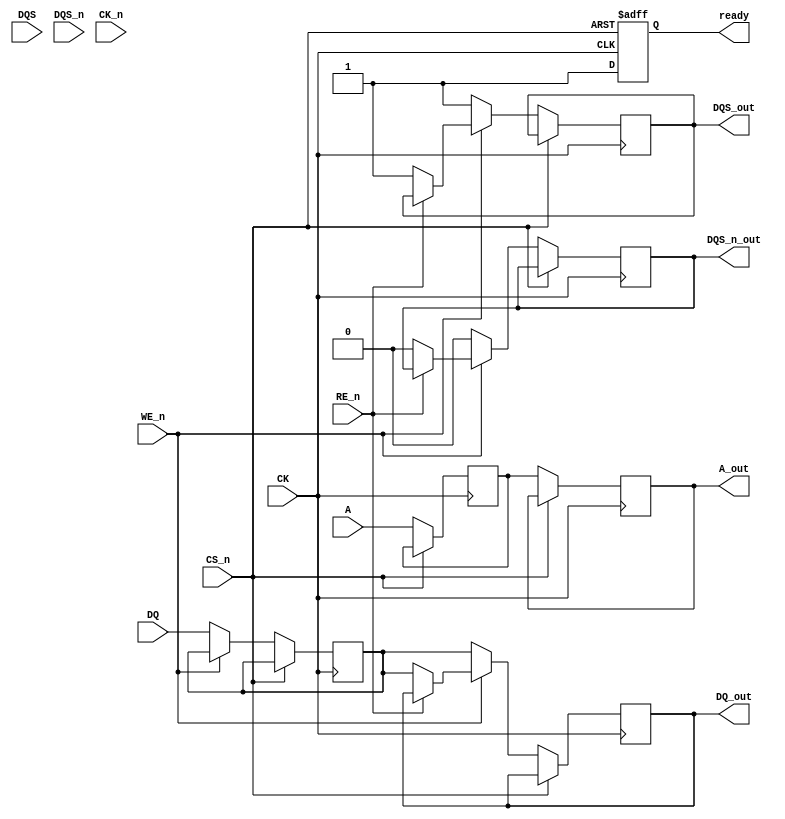
module gddr2_io_block (
    input  wire [15:0] DQ,        // Data Lines
    input  wire DQS,              // Data Strobe
    input  wire DQS_n,            // Complement of Data Strobe
    input  wire [9:0] A,          // Address Lines
    input  wire CS_n,             // Chip Select (active low)
    input  wire WE_n,             // Write Enable (active low)
    input  wire RE_n,             // Read Enable (active low)
    input  wire CK,                // Clock Signal
    input  wire CK_n,              // Complement Clock Signal
    output reg [15:0] DQ_out,     // Output Data Lines
    output reg DQS_out,           // Output Data Strobe
    output reg DQS_n_out,         // Complement Output Data Strobe
    output reg [9:0] A_out,       // Output Address Lines
    output reg ready              // Ready signal for operation
);
    
    // Internal Registers
    reg [15:0] data_reg;          // Data Register
    reg [9:0] addr_reg;           // Address Register
    reg we_reg;                   // Write Enable Register
    reg re_reg;                   // Read Enable Register
    reg dqs_reg;                  // DQS Register
    
    // Clock Management
    always @(posedge CK or negedge CS_n) begin
        if (!CS_n) begin
            ready <= 0; // Not ready when chip is selected
        end
        else begin
            ready <= 1; // Ready when chip is deselected
        end
    end
    
    // Data Handling
    always @(posedge CK) begin
        if (!CS_n) begin
            if (!WE_n) begin // Write operation
                data_reg <= DQ; // Capture incoming data
                DQ_out <= data_reg; // Output data
                DQS_out <= 1; // Assert DQS
                DQS_n_out <= 0; // Assert DQS complement
            end
            else if (!RE_n) begin // Read operation
                DQ_out <= data_reg; // Output stored data
                DQS_out <= 1; // Assert DQS
                DQS_n_out <= 0; // Assert DQS complement
            end
        end
    end
    
    // Address Handling
    always @(posedge CK) begin
        if (!CS_n) begin
            addr_reg <= A; // Capture address
            A_out <= addr_reg; // Output address
        end
    end
    
    // DQS Management
    always @(posedge CK) begin
        if (!CS_n) begin
            dqs_reg <= DQS; // Capture DQS
        end
    end
    
    // Power Management (Simple example)
    reg power_state; // 0: active, 1: standby
    always @(posedge CK) begin
        if (power_state == 0) begin
            // Active state operations
        end
        else if (power_state == 1) begin
            // Standby operations
        end
    end
    
    // Termination and Drive Strength Control (Placeholder)
    // Add logic here for termination and drive strength control as needed

endmodule